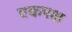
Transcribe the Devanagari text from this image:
एकपक्ष